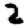
Digit: 2